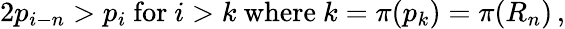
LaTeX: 2p_{i-n}>p_{i}{\mathrm{~for~}}i>k{\mathrm{~where~}}k=\pi(p_{k})=\pi(R_{n})\, ,